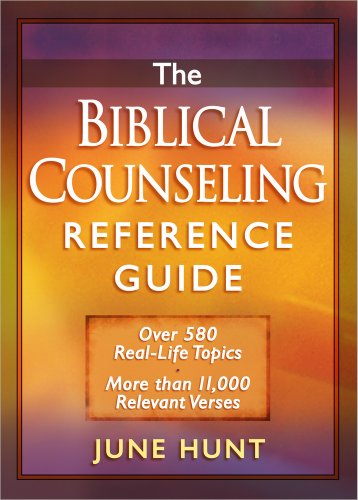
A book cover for The Biblical Counseling Reference Guide: Over 580 Real-Life Topics * More than 11,000 Relevant Verses; June Hunt; Christian Books & Bibles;